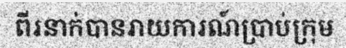
ពីរនាក់បានរាយការណ៍ប្រាប់ក្រុម